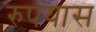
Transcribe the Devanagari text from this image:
रुपयास